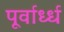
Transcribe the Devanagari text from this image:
पूर्वार्ध्ध